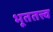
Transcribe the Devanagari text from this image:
भूततत्त्व